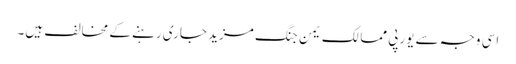
اسی وجہ سے یورپی ممالک یمن جنگ مزید جاری رہنے کے مخالف ہیں۔